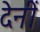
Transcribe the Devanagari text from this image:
देनीं